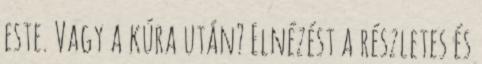
este. Vagy a kúra után? Elnézést a részletes és